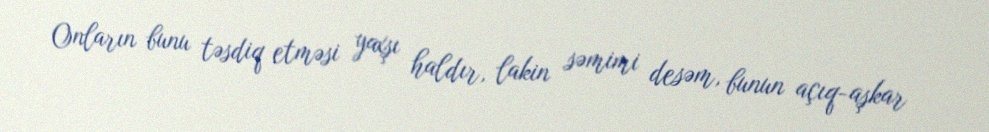
Onların bunu təsdiq etməsi yaxşı haldır, lakin səmimi desəm, bunun açıq-aşkar